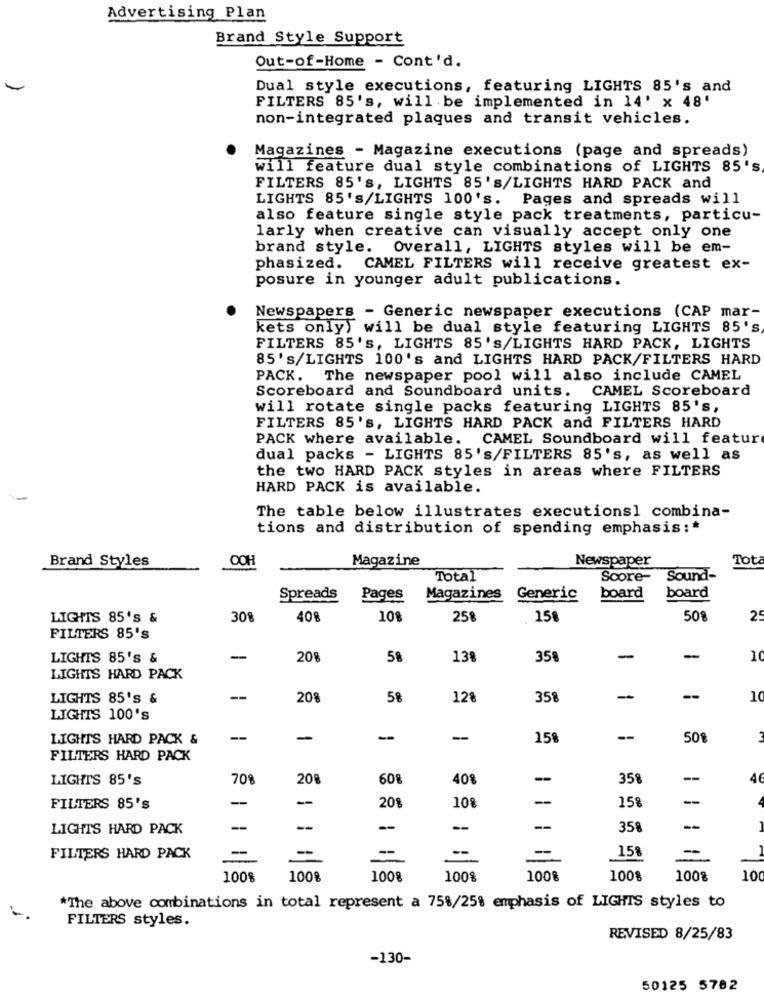
Advertising Plan
Brand Style Support
Out-of-Home - Cont'd.
Dual style executions, featuring LIGHTS 85's and
FILTERS 85's, will be implemented in 14' x 48'
non-integrated plaques and transit vehicles.
Magazines - Magazine executions (page and spreads)
will feature dual style combinations of LIGHTS 85's
FILTERS 85's, LIGHTS 85's/LIGHTS HARD PACK and
LIGHTS 85'S/LIGHTS 100's. Pages and spreads will
also feature single style pack treatments, particu-
larly when creative can visually accept only one
brand style. Overall, LIGHTS styles will be em-
phasized. CAMEL FILTERS will receive greatest ex-
posure in younger adult publications.
Newspapers - Generic newspaper executions (CAP mar-
kets only) will be dual style featuring LIGHTS 85's
FILTERS 85's, LIGHTS 85'S/LIGHTS HARD PACK, LIGHTS
85's/LIGHTS 100's and LIGHTS HARD PACK/FILTERS HARD
PACK. The newspaper pool will also include CAMEL
Scoreboard and Soundboard units.
CAMEL Scoreboard
will rotate single packs featuring LIGHTS 85's,
FILTERS 85's, LIGHTS HARD PACK and FILTERS HARD
PACK where available. CAMEL Soundboard will featur
dual packs - LIGHTS 85's/FILTERS 85's, as well as
the two HARD PACK styles in areas where FILTERS
HARD PACK is available.
The table below illustrates executions1 combina-
tions and distribution of spending emphasis: *
Brand Styles
OOH
Magazine
Newspaper
Tot
Total
Score-
Sound-
Spreads
Pages
Magazines
Generic
board
board
LIGHTS 85's &
308
408
10%
258
158
508
25
FILTERS 85's
LIGHTS 85's &
-
208
58
13%
358
-
-
10
LIGHTS HARD PACK
LIGHTS 85's &
--
208
12%
358
--
--
10
LIGHTS 100's
LIGHTS HARD PACK &
--
-
-
158
--
50
FILTERS HARD PACK
LIGHTS 85's
708
20%
608
408
-
358
--
46
-
-
20%
108
--
-
FILTERS 85's
15%
LIGHTS HARD PACK
-
--
-
-
--
358
--
--
-
158
FILTERS HARD PACK
-
100%
1008
1008
100%
100%
1008
1008
10
*The above combinations in total represent a 758/25% emphasis of LIGHTS styles to
-
FILTERS styles.
REVISED 8/25/83
-130-
50125 5782